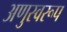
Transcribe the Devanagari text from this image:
अणुस्वरूप